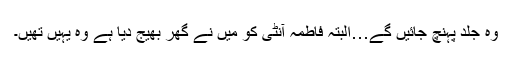
وہ جلد پہنچ جائیں گے…البتہ فاطمہ آنٹی کو میں نے گھر بھیج دیا ہے وہ یہیں تھیں۔